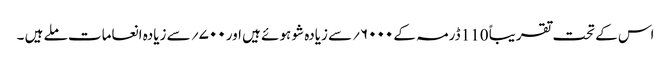
اس کے تحت تقریباً 110 ڈرمہ کے ۶۰۰۰؍سے زیادہ شو ہوئے ہیں اور ۷۰۰؍ سے زیادہ انعامات ملے ہیں ۔